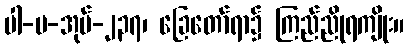
ပါ-ပ-အုပ်-၂၃၇၊ ခြေတော်ရာ၌ ကြည်ညိုရကျိုး။